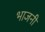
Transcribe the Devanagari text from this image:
भाजनी